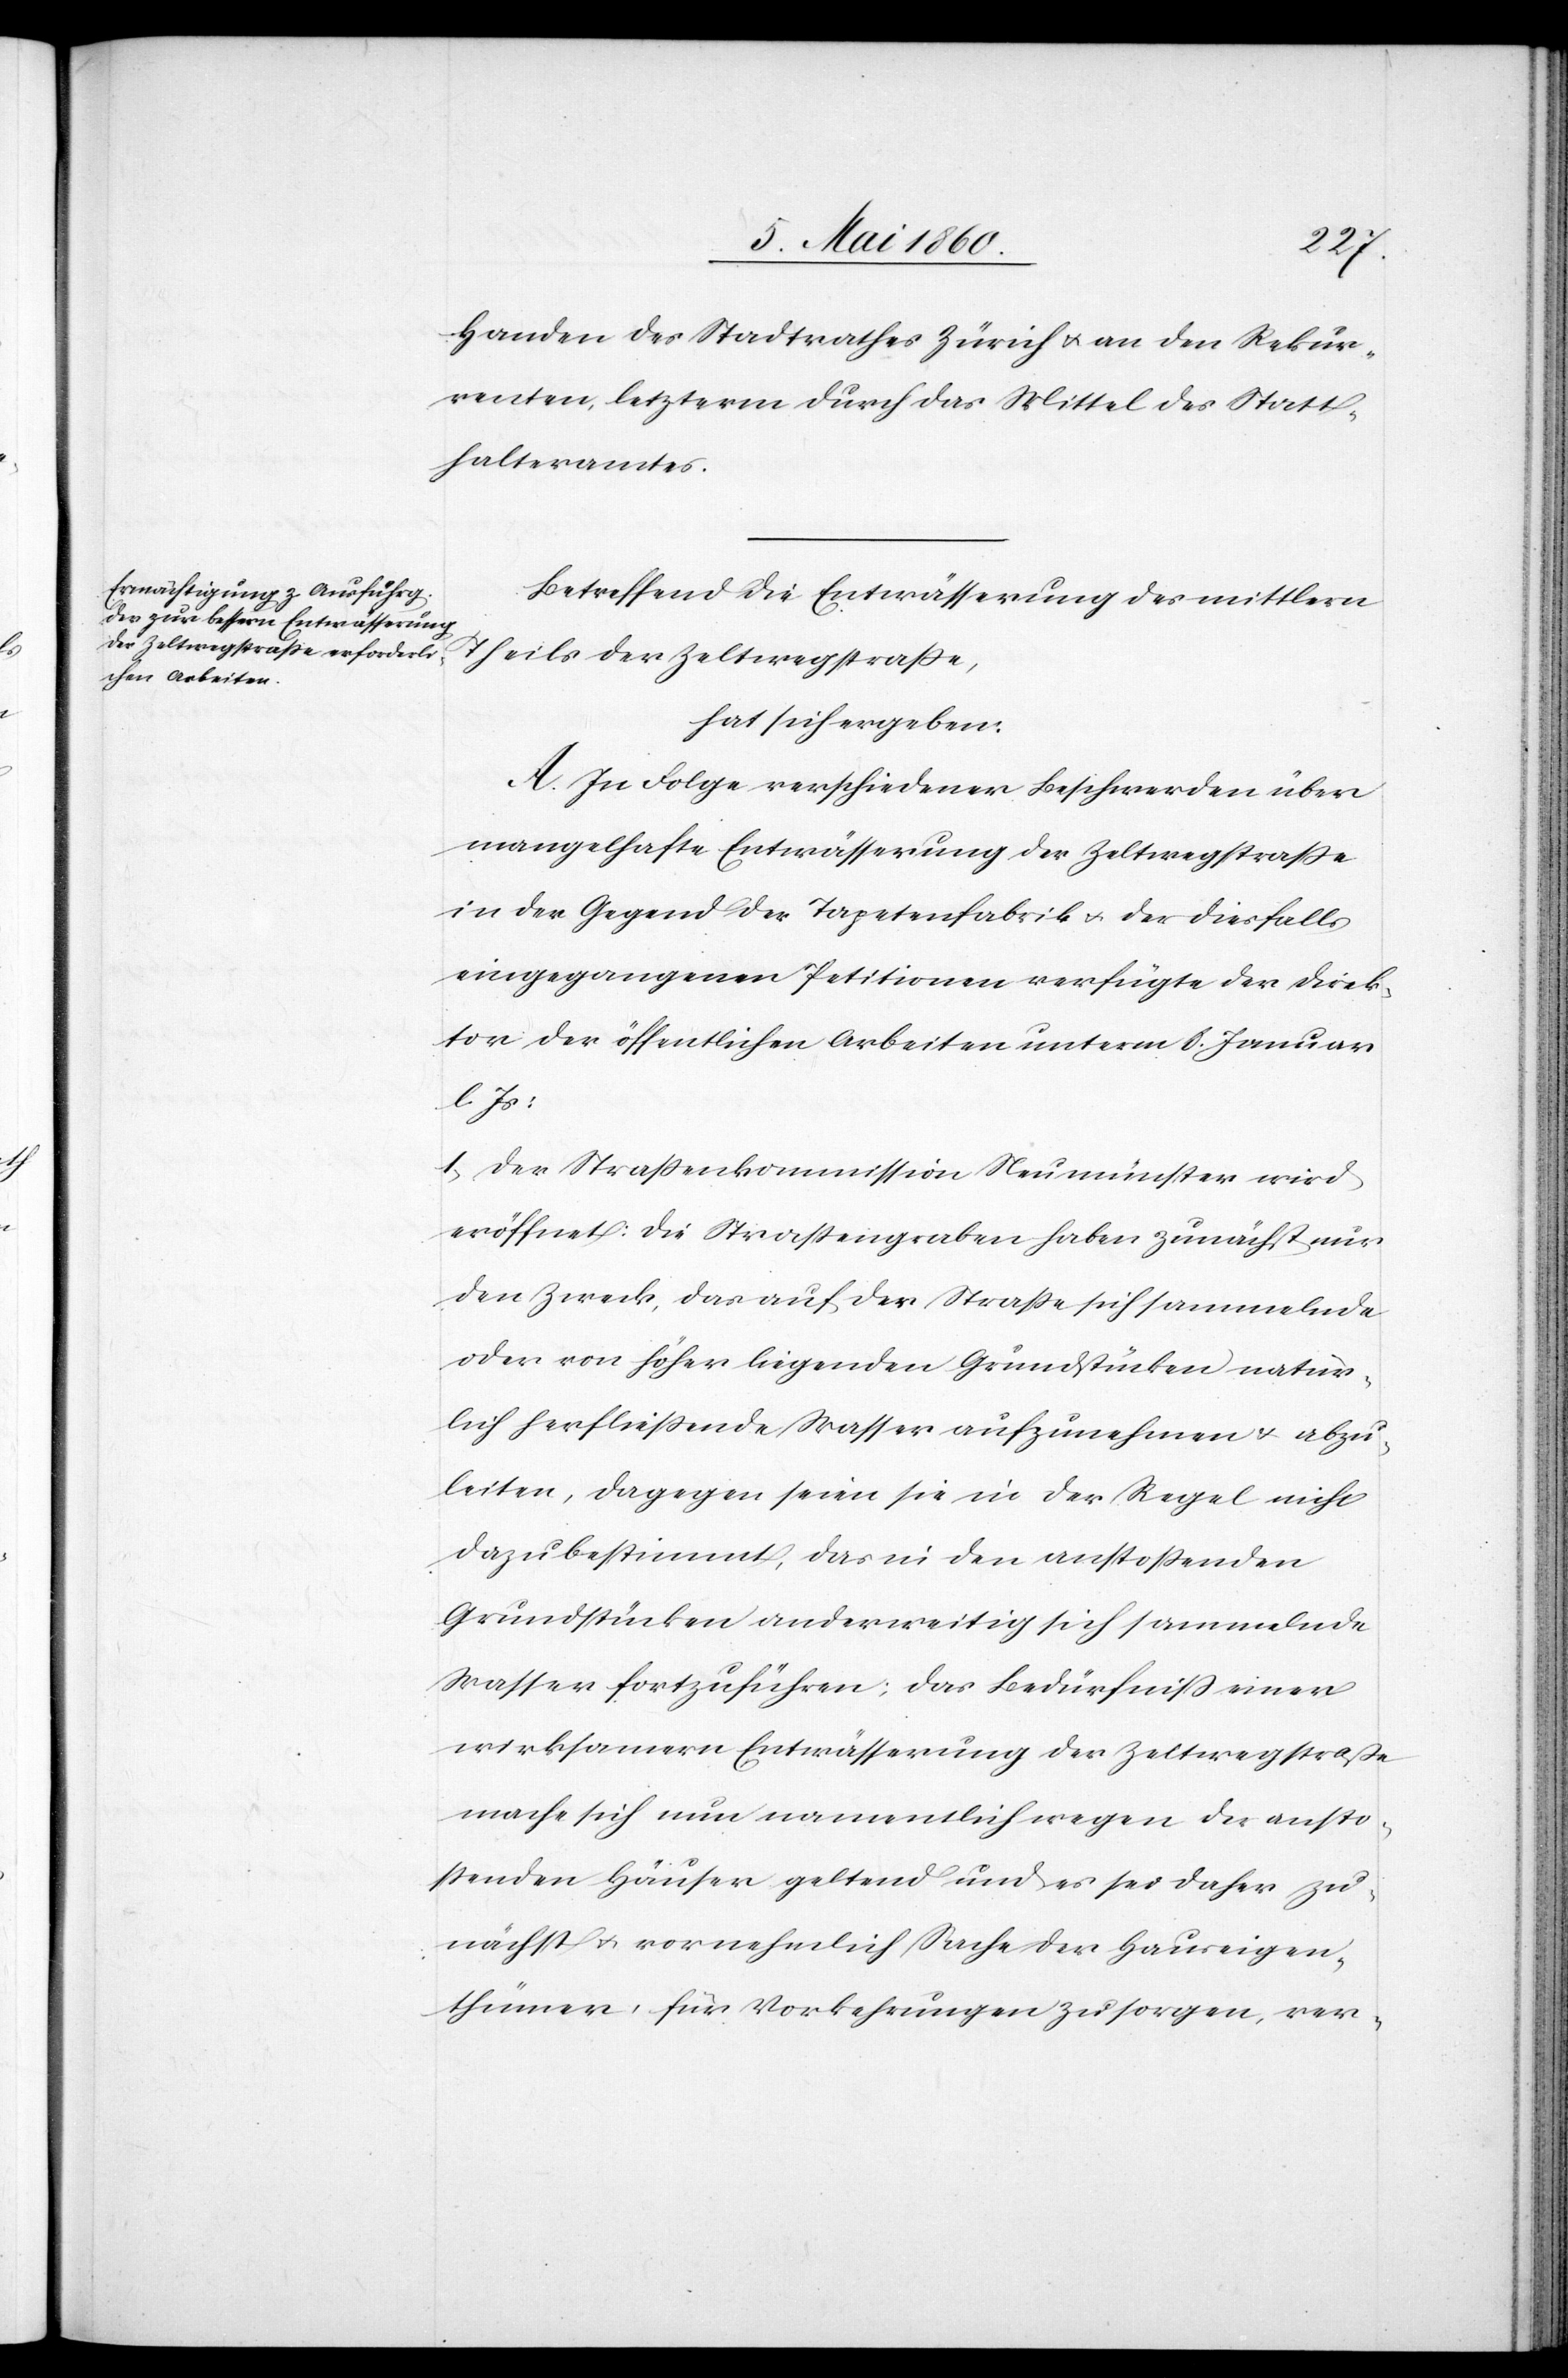
Handen des Stadtrathes Zürich u. an den Rekur¬
renten, letzterm durch das Mittel des Statt¬
halteramtes.
Betreffend die Entwässerung des mittlern
Theils der Zeltwegstrasse
hat sich ergeben:
A. In Folge verschiedener Beschwerden über
mangelhafte Entwässerung der Zeltwegstrasse
in der Gegend der Tapetenfabrik u. der diesfalls
eingegangenen Petitionen verfügte der Direk¬
tor der öffentlichen Arbeiten unterm 8. Januar
l. Js:
1) Der Strassenkommission Neumünster wird
eröffnet: Die Strassengraben haben zunächst nur
den Zweck, das auf der Strasse sich sammelnde
oder von höher liegenden Grundstücken natür¬
lich herfliessende Wasser aufzunehmen u. abzu¬
leiten, dagegen seien sie in der Regel nicht
dazu bestimmt, das in den anstoßenden
Grundstücken anderweitig sich sammelnde
Wasser fortzuführen; das Bedürfniss einer
wirksamern Entwässerung der Zeltwegstrasse
mache sich nun namentlich wegen der ansto¬
ssenden Häuser geltend und es sei daher zu¬
nächst u. vornehmlich Sache der Hauseigen¬
thümer, für Vorkehrungen zu sorgen, ver-